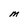
Character: M